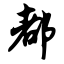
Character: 都